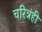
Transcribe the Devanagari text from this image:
चरित्रंही